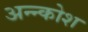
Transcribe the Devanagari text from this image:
अन्‍न्कोश